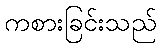
ကစားခြင်းသည်